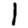
Digit: 1